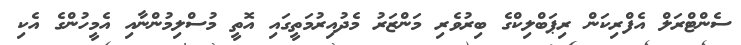
ސެންޓްރަލް އެފްރިކަން ރިޕަބްލިކްގެ ބިރުވެރި މަންޒަރު މެދުއިރުމަތީގައި އޮތީ މުސްލިމުންނާއި އެމީހުންގެ އެކި